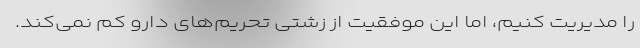
را مدیریت کنیم، اما این موفقیت از زشتی تحریم‌های دارو کم نمی‌کند.